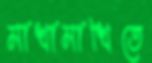
মাখামাখিতে